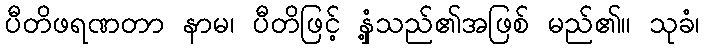
ပီတိဖရဏတာ နာမ၊ ပီတိဖြင့် နှံ့သည်၏အဖြစ် မည်၏။ သုခံ၊